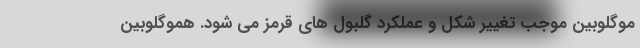
موگلوبین موجب تغییر شکل و عملکرد گلبول های قرمز می شود. هموگلوبین